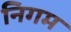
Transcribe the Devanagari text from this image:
निगम